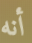
أنه